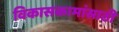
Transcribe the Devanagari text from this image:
विकासकामांसाठी